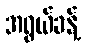
အရွယ်ခန့်